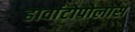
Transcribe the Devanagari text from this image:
हार्वाटोपोलोस